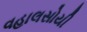
વહાલસોયી